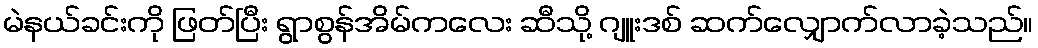
မဲနယ်ခင်းကို ဖြတ်ပြီး ရွာစွန်အိမ်ကလေး ဆီသို့ ဂျူးဒစ် ဆက်လျှောက်လာခဲ့သည်။